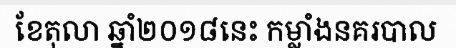
ខែតុលា ឆ្នាំ២០១៨នេះ កម្លាំងនគរបាល